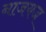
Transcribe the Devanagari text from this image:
नाजयज